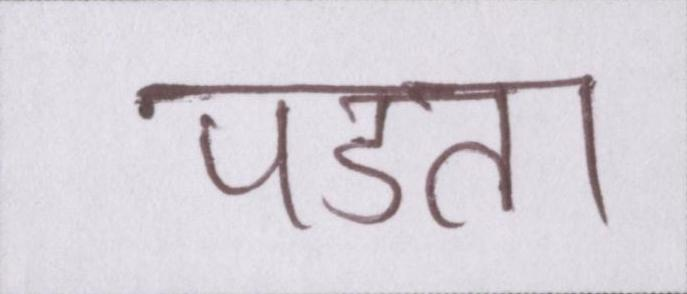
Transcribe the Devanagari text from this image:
पडता